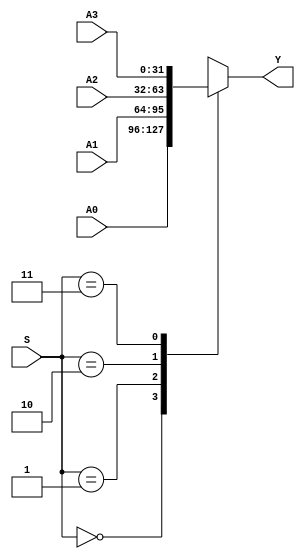
module MUX4X32 (A0, A1, A2, A3, S, Y);
input [31:0] A0, A1, A2, A3;
input [1:0] S;
output reg [31:0] Y;

always @(*) begin
    case (S)
        2'b00: Y = A0;
        2'b01: Y = A1;
        2'b10: Y = A2;
        2'b11: Y = A3;
        //default
    endcase
end

endmodule